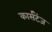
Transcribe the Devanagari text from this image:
कार्सटेंज